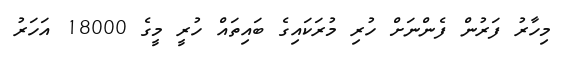
މިހާރު ފަރުން ފެންނަށް ހުރި މުރަކައިގެ ބައިތައް ހުރީ މީގެ 18000 އަހަރު